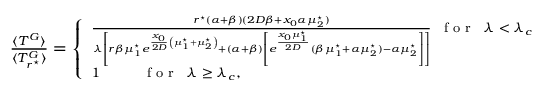
\begin{array} { r } { \footnotesize \frac { \langle T ^ { G } \rangle } { \langle T _ { r ^ { \star } } ^ { G } \rangle } = \left\{ \begin{array} { l l } { \frac { r ^ { \star } ( \alpha + \beta ) ( 2 D \beta + x _ { 0 } \alpha \mu _ { 2 } ^ { \star } ) } { \lambda \left[ r \beta \mu _ { 1 } ^ { \star } e ^ { \frac { x _ { 0 } } { 2 D } \left( \mu _ { 1 } ^ { \star } + \mu _ { 2 } ^ { \star } \right) } + \left( \alpha + \beta \right) \left[ e ^ { \frac { x _ { 0 } \mu _ { 1 } ^ { \star } } { 2 D } } { ( \beta \mu _ { 1 } ^ { \star } + \alpha \mu _ { 2 } ^ { \star } ) - \alpha \mu _ { 2 } ^ { \star } } \right] \right] } \; \; \mathrm { ~ f ~ o ~ r ~ } \; \; \lambda < \lambda _ { c } } \\ { 1 \; \; \; \; \; \; \; \; \; \; \; \mathrm { ~ f ~ o ~ r ~ } \; \; \lambda \geq \lambda _ { c } , } \end{array} \right. } \end{array}